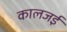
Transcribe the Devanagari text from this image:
कालजई